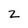
Character: 2